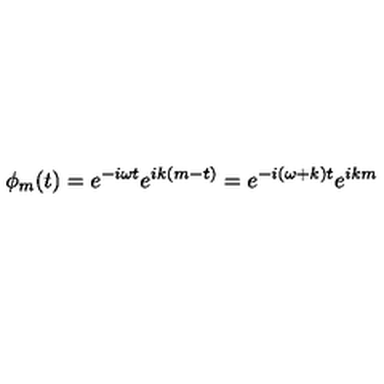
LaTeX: \phi _ { m } ( t ) = e ^ { - i \omega t } e ^ { i k ( m - t ) } = e ^ { - i ( \omega + k ) t } e ^ { i k m }